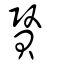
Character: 贀